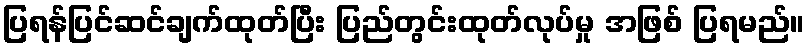
ပြရန်ပြင်ဆင်ချက်ထုတ်ပြီး ပြည်တွင်းထုတ်လုပ်မှု အဖြစ် ပြရမည်။